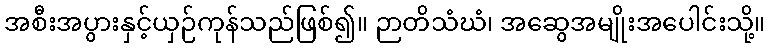
အစီးအပွားနှင့်ယှဉ်ကုန်သည်ဖြစ်၍။ ဉာတိသံဃံ၊ အဆွေအမျိုးအပေါင်းသို့။